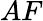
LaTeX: AF